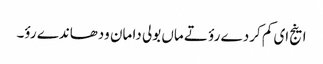
اینج ای کم کردے رؤ تے ماں بولی دا مان ودھاندے رؤ۔